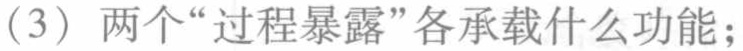
(3) 两个“过程暴露”各承载什么功能；